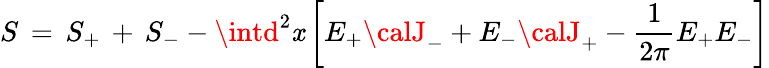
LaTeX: S\, =\, S_{+}\, +\, S_{-}-\intd^{2}\mathit{x}\left[E_{+}{\calJ}_{-}+E_{-}{\calJ}_{+}-{\frac{{1}}{{2\pi}}}E_{+}E_{-}\right]